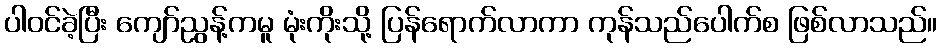
ပါဝင်ခဲ့ပြီး ကျော်ညွန့်ကမူ မုံးကိုးသို့ ပြန်ရောက်လာကာ ကုန်သည်ပေါက်စ ဖြစ်လာသည်။